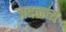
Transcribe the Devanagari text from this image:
जवळच्य